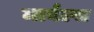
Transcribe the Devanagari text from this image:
मार्बल्स